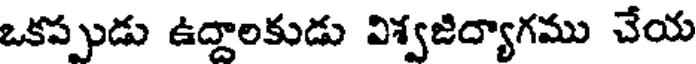
ఒకప్పుడు ఉద్దాలకుడు విశ్వజిద్యాగము చేయ